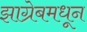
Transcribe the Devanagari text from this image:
झाग्रेबमधून